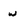
Character: w